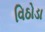
વિઠોડા